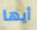
أيها